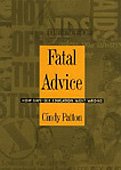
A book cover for Fatal Advice: How Safe-Sex Education Went Wrong (Series Q); Cindy Patton; Gay & Lesbian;